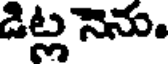
డిట్ల నెను.